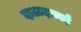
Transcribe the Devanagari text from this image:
दाऊदज़ाई